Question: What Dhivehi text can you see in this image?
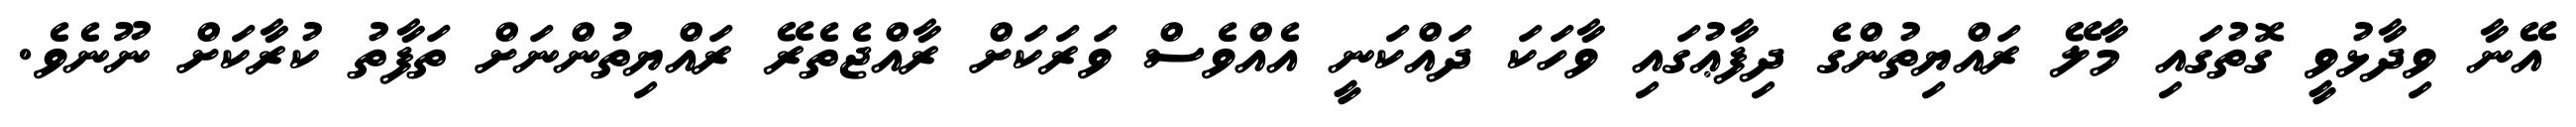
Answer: އޭނާ ވިދާޅުވީ ގޮތުގައި މާލޭ ރައްޔިތުންގެ ދިފާޢުގައި ވާހަކަ ދައްކަނީ އެއްވެސް ވަރަކަށް ރާއްޖެތެރޭ ރައްޔިތުންނަށް ތަފާތު ކުރާކަށް ނޫނެވެ.